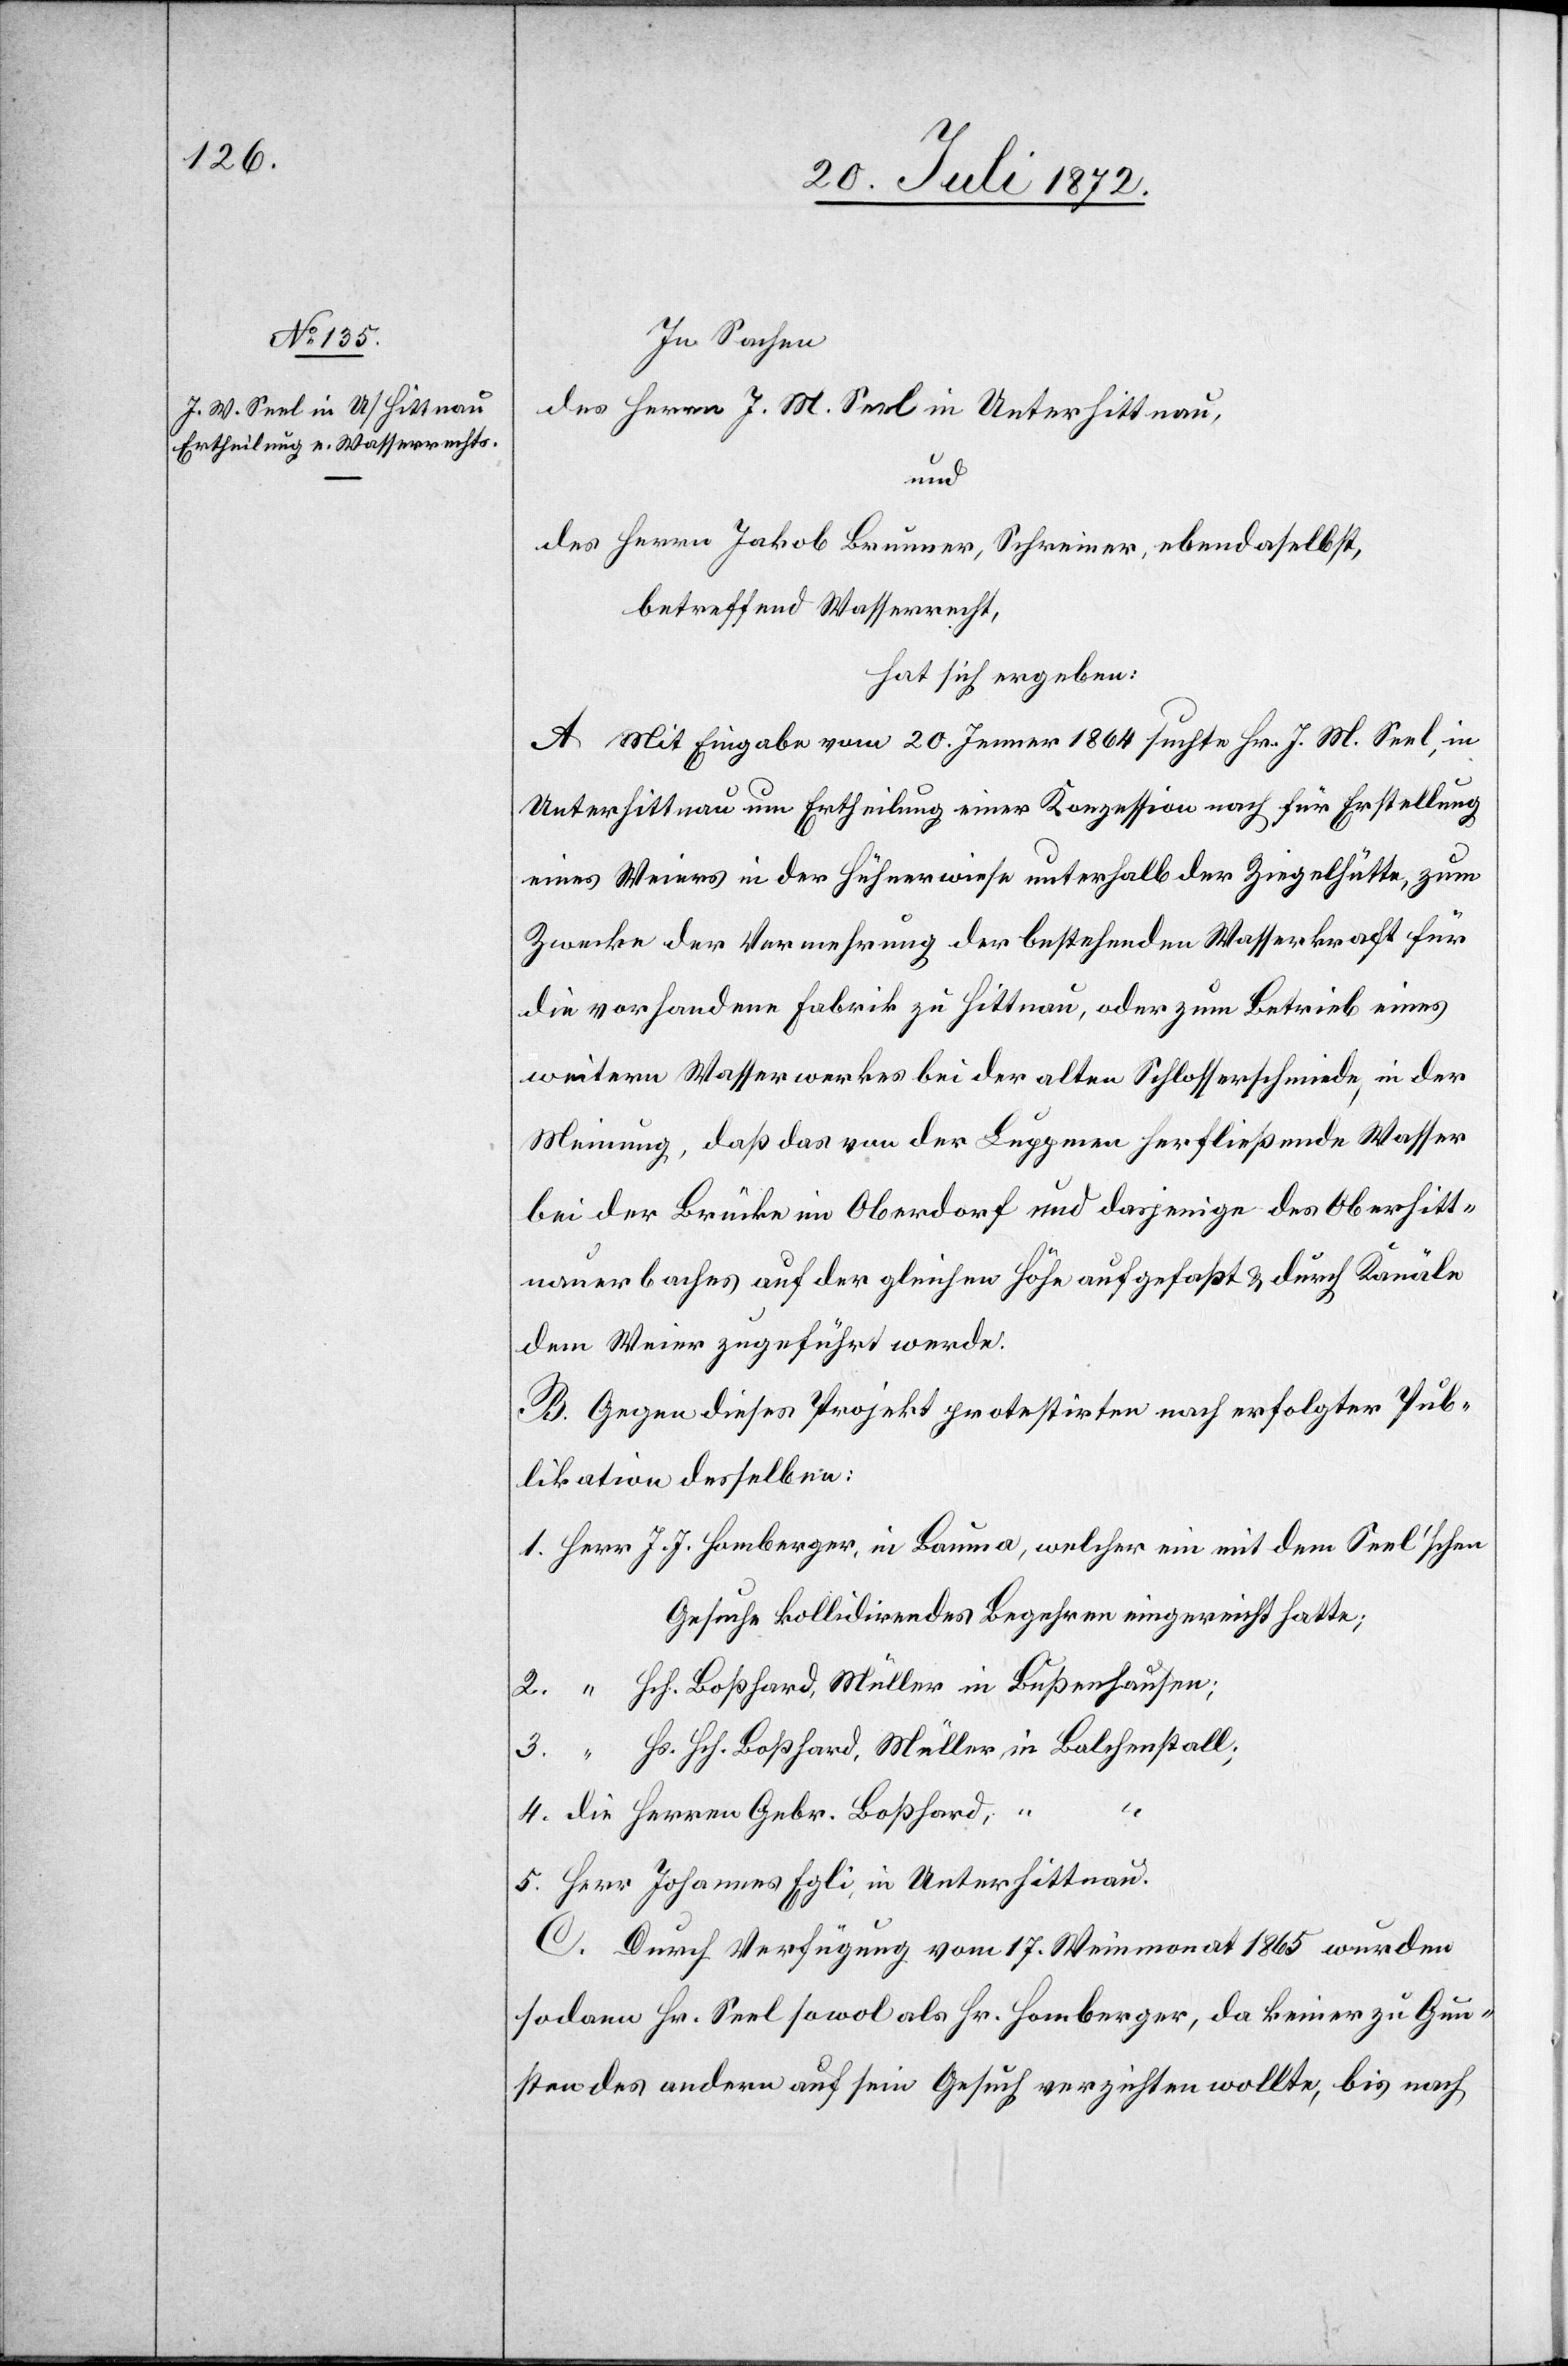
In Sachen
des Herrn J. M. [sic!] Seel in Unterhittnau,
und
des Herrn Jakob Brunner, Schreiner, ebendaselbst,
betreffend Wasserrecht,
hat sich ergeben:
A. Mit Eingabe vom 20. Jenner 1864 suchte Hr. J. M. Seel in
Unterhittnau um Ertheilung einer Konzession nach für Erstellung
eines Weiers in der Hühnerwiese unterhalb der Ziegelhütte, zum
Zwecke der Vermehrung der bestehenden Wasserkraft für
die vorhandene Fabrik zu Hittnau, oder zum Betrieb eines
weitern Wasserwerkes bei der alten Schlosserschmiede, in der
Meinung, daß das von der Luppmen herfließende Wasser
bei der Brücke im Oberdorf und dasjenige des Oberhitt¬
nauerbaches auf der gleichen Höhe aufgefaßt u. durch Kanäle
dem Weier zugeführt werde.
B. Gegen dieses Projekt protestirten nach erfolgter Pub¬
likation desselben:
Gesuche kollidirendes Begehren eingereicht hatte;
Hch. Boßhard, Müller in Bußenhausen;
Hs. Hch. Boßhard, Müller in Balchenstall;
5.
die Herren Gebr. Boßhard, “
Herr Johannes Egli, in Unterhittnau.
C. Durch Verfügung vom 17. Weinmonat 1865 wurden
sodann Hr. Seel sowol als Hr. Homberger, da keiner zu Gun¬
sten des andern auf sein Gesuch verzichten wollte, bis nach